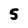
Character: 5